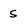
Character: S